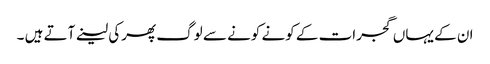
ان کے یہاں گجرات کے کونے کونے سے لوگ پھرکی لینے آتے ہیں ۔